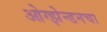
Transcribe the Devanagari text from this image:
ओग्झेन्डनचा